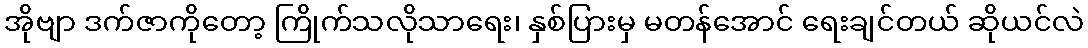
အိုဗျာ ဒက်ဇာကိုတော့ ကြိုက်သလိုသာရေး၊ နှစ်ပြားမှ မတန်အောင် ရေးချင်တယ် ဆိုယင်လဲ